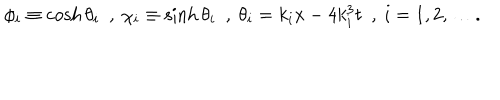
\phi _ { i } \equiv \cosh \theta _ { i } ~ ~ , ~ \chi _ { i } \equiv \sinh \theta _ { i } ~ ~ , ~ \theta _ { i } = k _ { i } x - 4 k _ { i } ^ { 3 } t ~ ~ , ~ i = 1 , 2 , \ldots .